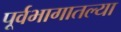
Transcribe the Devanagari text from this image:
पूर्वभागातल्या